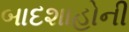
બાદશાહોની